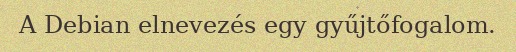
A Debian elnevezés egy gyűjtőfogalom.